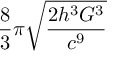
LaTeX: { \frac { 8 } { 3 } } \pi { \sqrt { \frac { 2 h ^ { 3 } G ^ { 3 } } { c ^ { 9 } } } }